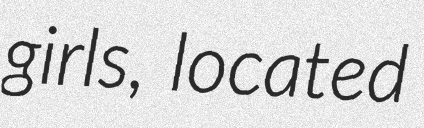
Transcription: girls, located